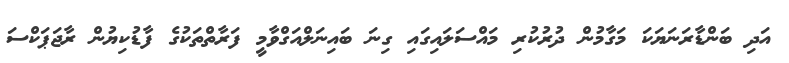
އަދި ބަންޑާރަނަޔަކަ މަގާމުން ދުރުކުރި މައްސަލައިގައި ގިނަ ބައިނަލްއަގްވާމީ ފަރާތްތަކުގެ ފާޑުކިޔުން ރާޖަޕަކްސަ